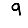
Digit: 9